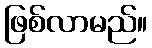
ဖြစ်လာမည်။